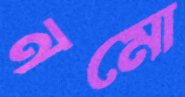
নমো